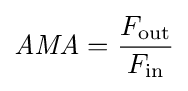
{\mathit {AMA}}={\frac {F_{\text{out}}}{F_{\text{in}}}}